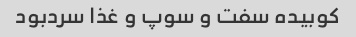
کوبیده سفت و سوپ و غذا سردبود